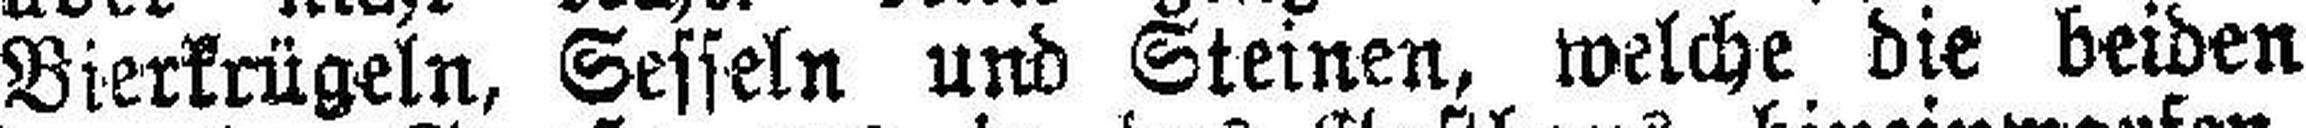
Bierkrügeln, Sesseln und Steinen, welche die beiden